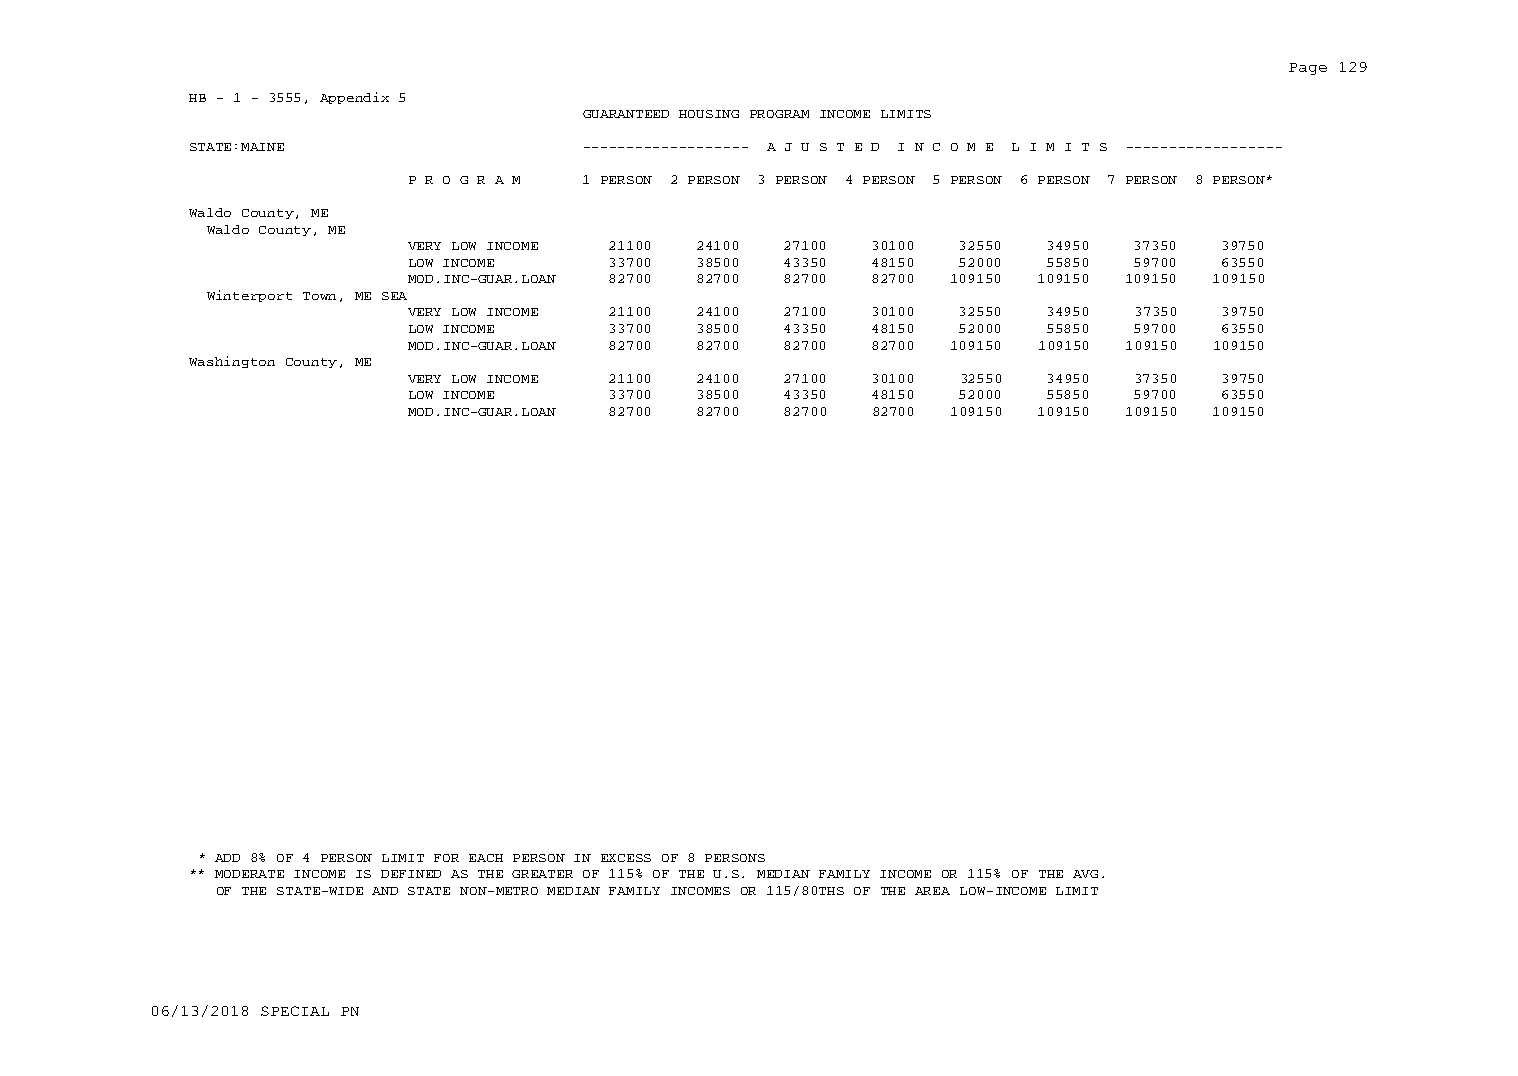
Page 129
 HB - 1 - 3555, Appendix 5
 GUARANTEED HOUSING PROGRAM INCOME LIMITS
 STATE:MAINE               ------------------- A J U S T E D I N C O M E L I M I T S ------------------
 P R O G R A M 1 PERSON 2 PERSON 3 PERSON 4 PERSON 5 PERSON 6 PERSON 7 PERSON 8 PERSON*
 Waldo County, ME
 Waldo County, ME
 VERY LOW INCOME 21100 24100 27100 30100 32550 34950 37350 39750
 LOW INCOME    33700 38500 43350 48150 52000 55850 59700 63550
 MOD.INC-GUAR.LOAN 82700 82700 82700 82700 109150 109150 109150 109150
 Winterport Town, ME SEA
 VERY LOW INCOME 21100 24100 27100 30100 32550 34950 37350 39750
 LOW INCOME    33700 38500 43350 48150 52000 55850 59700 63550
 MOD.INC-GUAR.LOAN 82700 82700 82700 82700 109150 109150 109150 109150
 Washington County, ME
 VERY LOW INCOME 21100 24100 27100 30100 32550 34950 37350 39750
 LOW INCOME    33700 38500 43350 48150 52000 55850 59700 63550
 MOD.INC-GUAR.LOAN 82700 82700 82700 82700 109150 109150 109150 109150
 * ADD 8% OF 4 PERSON LIMIT FOR EACH PERSON IN EXCESS OF 8 PERSONS
 ** MODERATE INCOME IS DEFINED AS THE GREATER OF 115% OF THE U.S. MEDIAN FAMILY INCOME OR 115% OF THE AVG.
 OF THE STATE-WIDE AND STATE NON-METRO MEDIAN FAMILY INCOMES OR 115/80THS OF THE AREA LOW-INCOME LIMIT
 06/13/2018 SPECIAL PN